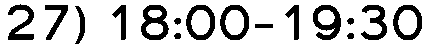
27) 18:00-19:30